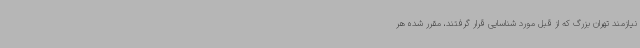
نیازمند تهران بزرگ‌ که از قبل مورد شناسایی قرار گرفتند، مقرر شده هر